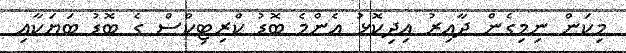
މިކަން ނިމިގެން ދާއިރު އިދިކޮޅު އެންމެ ބޮޑު ކްރިޓިކްސް ގެ ބޮޑު ބަޔަކާއި